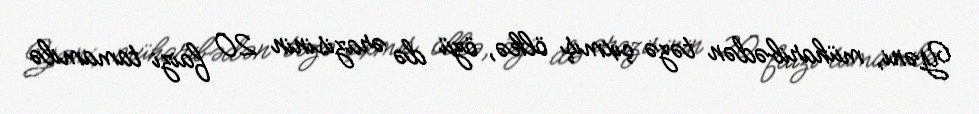
Yəni, müharibədən təzə çıxmış ölkə, özü də ərazisinin 20 faizi tamamilə